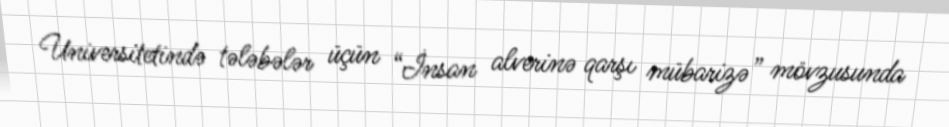
Universitetində tələbələr üçün “İnsan alverinə qarşı mübarizə” mövzusunda